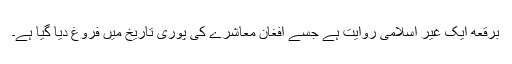
برقعه ایک غیر اسلامی روایت ہے جسے افغان معاشرے کی پوری تاریخ میں فروغ دیا گیا ہے۔